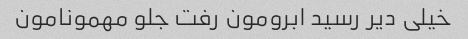
خیلی دیر رسید ابرومون رفت جلو مهمونامون